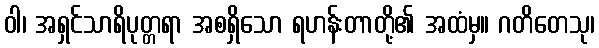
ဝါ၊ အရှင်သာရိပုတ္တရာ အစရှိသော ရဟန်းတာတို့၏ အထံမှ။ ဂတိတေသု၊